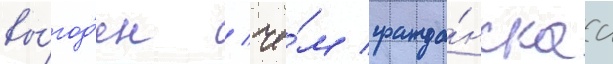
вы́год'ен / че́м гражда́нскаа